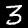
Label: 3